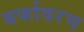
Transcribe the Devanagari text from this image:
बर्फावरच